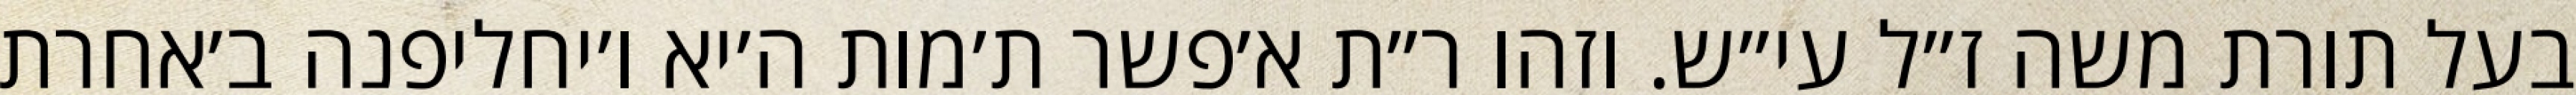
בעל תורת משה ז״ל עי״ש. וזהו ר״ת א׳פשר ת׳מות ה׳יא ו׳יחליפנה ב׳אחרת